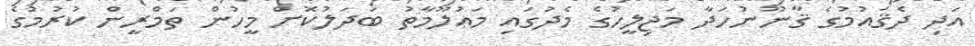
އަދި ދެޤައުމުގެ ޤާނޫނުހަދާ މަޖިލީހުގެ މެދުގައި މަޢުލޫމާތު ބަދަލުކޮށް މީހުން ތަމްރީން ކުރުމުގެ